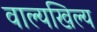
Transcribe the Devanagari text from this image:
वाल्यखिल्य